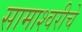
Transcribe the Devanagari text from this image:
सामाश्वरीचे